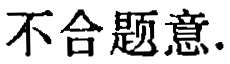
不合题意.